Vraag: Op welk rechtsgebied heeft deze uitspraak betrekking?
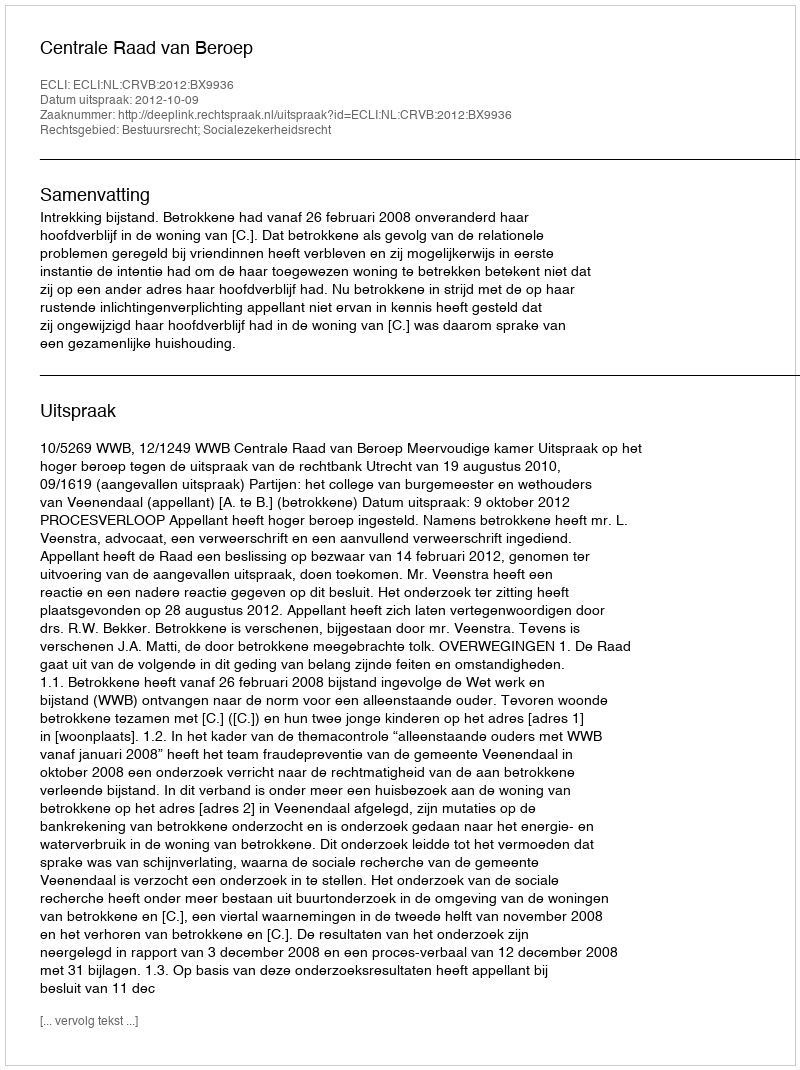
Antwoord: Bestuursrecht; Socialezekerheidsrecht